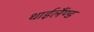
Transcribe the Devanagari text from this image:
थाईलैंण्ड